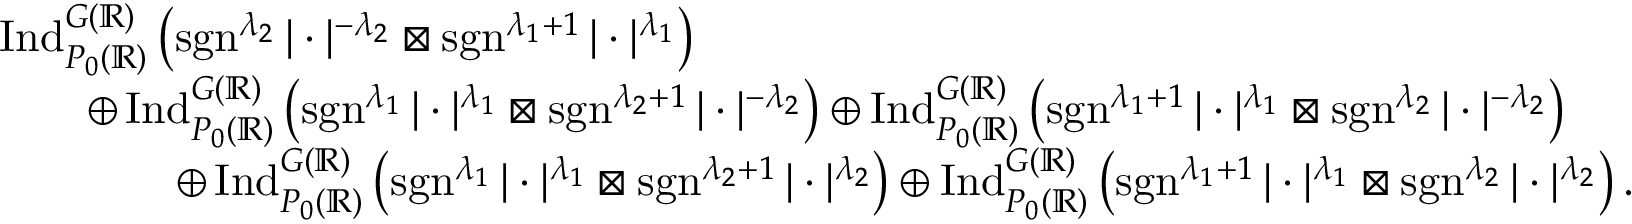
\begin{array} { r l } & { \operatorname { I n d } _ { P _ { 0 } ( \mathbb { R } ) } ^ { G ( \mathbb { R } ) } \left( \operatorname { s g n } ^ { \lambda _ { 2 } } | \cdot | ^ { - \lambda _ { 2 } } \boxtimes \operatorname { s g n } ^ { \lambda _ { 1 } + 1 } | \cdot | ^ { \lambda _ { 1 } } \right) } \\ & { \qquad \oplus \operatorname { I n d } _ { P _ { 0 } ( \mathbb { R } ) } ^ { G ( \mathbb { R } ) } \left( \operatorname { s g n } ^ { \lambda _ { 1 } } | \cdot | ^ { \lambda _ { 1 } } \boxtimes \operatorname { s g n } ^ { \lambda _ { 2 } + 1 } | \cdot | ^ { - \lambda _ { 2 } } \right) \oplus \operatorname { I n d } _ { P _ { 0 } ( \mathbb { R } ) } ^ { G ( \mathbb { R } ) } \left( \operatorname { s g n } ^ { \lambda _ { 1 } + 1 } | \cdot | ^ { \lambda _ { 1 } } \boxtimes \operatorname { s g n } ^ { \lambda _ { 2 } } | \cdot | ^ { - \lambda _ { 2 } } \right) } \\ & { \qquad \qquad \oplus \operatorname { I n d } _ { P _ { 0 } ( \mathbb { R } ) } ^ { G ( \mathbb { R } ) } \left( \operatorname { s g n } ^ { \lambda _ { 1 } } | \cdot | ^ { \lambda _ { 1 } } \boxtimes \operatorname { s g n } ^ { \lambda _ { 2 } + 1 } | \cdot | ^ { \lambda _ { 2 } } \right) \oplus \operatorname { I n d } _ { P _ { 0 } ( \mathbb { R } ) } ^ { G ( \mathbb { R } ) } \left( \operatorname { s g n } ^ { \lambda _ { 1 } + 1 } | \cdot | ^ { \lambda _ { 1 } } \boxtimes \operatorname { s g n } ^ { \lambda _ { 2 } } | \cdot | ^ { \lambda _ { 2 } } \right) . } \end{array}